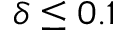
\delta \le 0 . 1